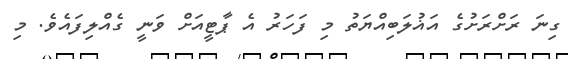
ގިނަ ރަށްރަށުގެ އަޣުލަބިއްޔަތު މި ފަހަރު އެ ޕާޓީއަށް ވަނީ ގެއްލިފައެވެ. މި